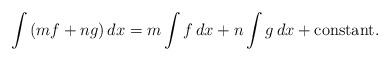
LaTeX: \begin{align*}\int\left(mf+ng\right) dx = m\int f\,dx + n\int g\,dx + \mbox{constant}.\end{align*}